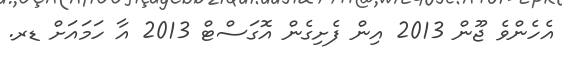
އެހެންވެ ޖޫން 2013 އިން ފެށިގެން އޮގަސްޓް 2013 އާ ހަމައަށް ޑރ.